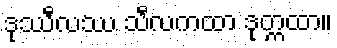
ဒုဿီလဿ သီလကထာ ဒုက္ကထာ။